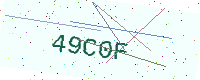
Text: 49C0F